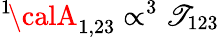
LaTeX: ^{1\! }{\calA}_{1,23}\propto^{3}\mathscr{T}_{123}